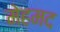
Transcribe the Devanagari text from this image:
मेहमद